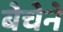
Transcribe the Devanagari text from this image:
बेचेने